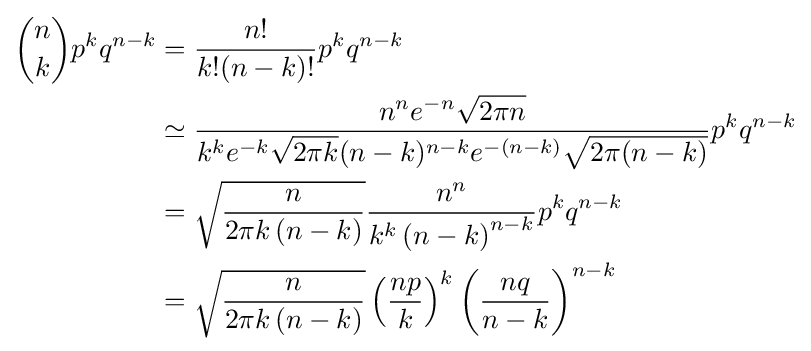
{\begin{aligned}{n \choose k}p^{k}q^{n-k}&={\frac {n!}{k!(n-k)!}}p^{k}q^{n-k}\\&\simeq {\frac {n^{n}e^{-n}{\sqrt {2\pi n}}}{k^{k}e^{-k}{\sqrt {2\pi k}}(n-k)^{n-k}e^{-(n-k)}{\sqrt {2\pi (n-k)}}}}p^{k}q^{n-k}\\&={\sqrt {\frac {n}{2\pi k\left(n-k\right)}}}{\frac {n^{n}}{k^{k}\left(n-k\right)^{n-k}}}p^{k}q^{n-k}\\&={\sqrt {\frac {n}{2\pi k\left(n-k\right)}}}\left({\frac {np}{k}}\right)^{k}\left({\frac {nq}{n-k}}\right)^{n-k}\end{aligned}}